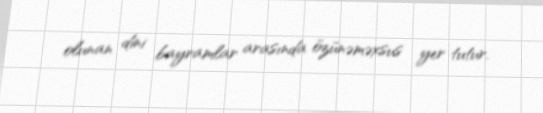
olunan dini bayramlar arasında özünəməxsus yer tutur.